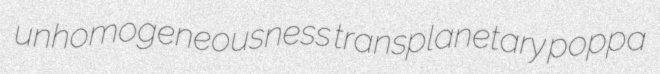
unhomogeneousness transplanetary poppa